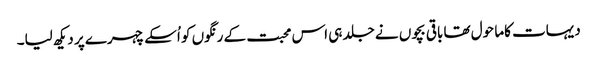
دیہات کاما حول تھا باقی بچوں نے جلد ہی اس محبت کے رنگوں کو اُسکے چہرے پر دیکھ لیا۔